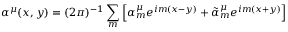
\alpha ^ { \mu } ( x , y ) = ( 2 \pi ) ^ { - 1 } \sum _ { m } \left[ \alpha _ { m } ^ { \mu } e ^ { i m ( x - y ) } + \tilde { \alpha } _ { m } ^ { \mu } e ^ { i m ( x + y ) } \right]